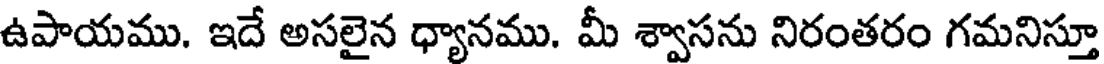
ఉపాయము. ఇదే అసలైన ధ్యానము. మీ శ్వాసను నిరంతరం గమనిస్తూ